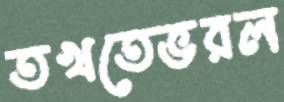
তখতেভরল